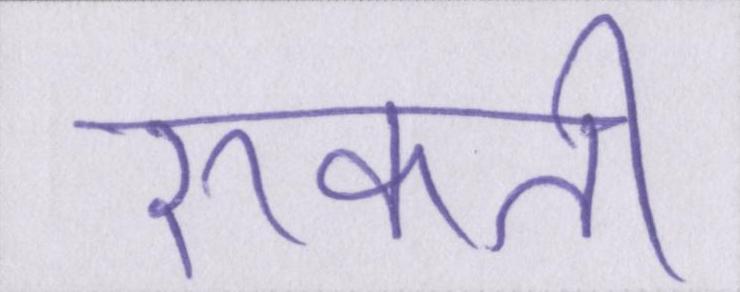
रुकती